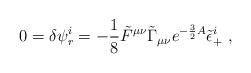
LaTeX: \begin{align*}0=\delta \psi^i_{r}= -{1\over 8}\tilde F^{\mu\nu}\tilde\Gamma_{\mu\nu}e^{-{3\over 2}A}\tilde\epsilon_+^i\ ,\end{align*}